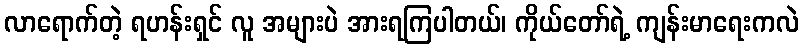
လာရောက်တဲ့ ရဟန်းရှင် လူ အများပဲ အားရကြပါတယ်၊ ကိုယ်တော်ရဲ့ ကျန်းမာရေးကလဲ